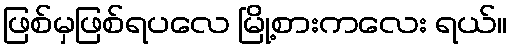
ဖြစ်မှဖြစ်ရပလေ မြို့စားကလေး ရယ်။